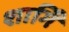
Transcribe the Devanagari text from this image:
शार्गिं